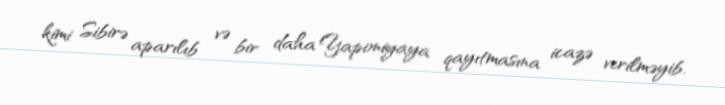
kimi Sibirə aparılıb və bir daha Yaponiyaya qayıtmasına icazə verilməyib.